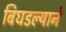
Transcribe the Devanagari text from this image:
बिघडल्याने